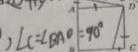
, \angle C = \angle B A D = 9 0 ^ { \circ }